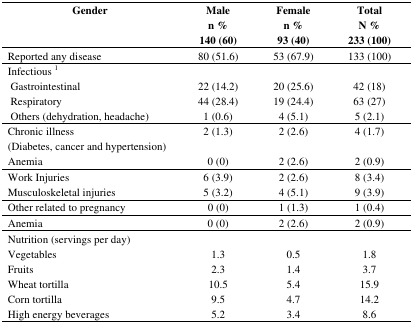
| Gender | Malen % 140 (60) | Femalen % 93 (40) | TotalN % 233 (100) |
 | --- | --- | --- | --- |
 | Reported any disease | 80 (51.6) | 53 (67.9) | 133 (100) |
 | Infectious 1 |  |  |  |
 | Gastrointestinal | 22 (14.2) | 20 (25.6) | 42 (18) |
 | Respiratory | 44 (28.4) | 19 (24.4) | 63 (27) |
 | Others (dehydration, headache) | 1 (0.6) | 4 (5.1) | 5 (2.1) |
 | Chronic illness | 2 (1.3) | 2 (2.6) | 4 (1.7) |
 | (Diabetes, cancer and hypertension) |  |  |  |
 | Anemia | 0 (0) | 2 (2.6) | 2 (0.9) |
 | Work Injuries | 6 (3.9) | 2 (2.6) | 8 (3.4) |
 | Musculoskeletal injuries | 5 (3.2) | 4 (5.1) | 9 (3.9) |
 | Other related to pregnancy | 0 (0) | 1 (1.3) | 1 (0.4) |
 | Anemia | 0 (0) | 2 (2.6) | 2 (0.9) |
 | Nutrition (servings per day) |  |  |  |
 | Vegetables | 1.3 | 0.5 | 1.8 |
 | Fruits | 2.3 | 1.4 | 3.7 |
 | Wheat tortilla | 10.5 | 5.4 | 15.9 |
 | Corn tortilla | 9.5 | 4.7 | 14.2 |
 | High energy beverages | 5.2 | 3.4 | 8.6 |